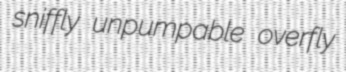
sniffly unpumpable overfly